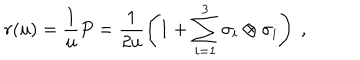
r ( u ) = \frac { 1 } { u } P = \frac { 1 } { 2 u } \left( 1 + \sum _ { i = 1 } ^ { 3 } \sigma _ { i } \otimes \sigma _ { i } \right) ~ ,